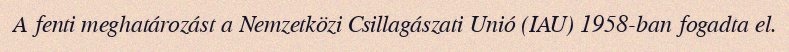
A fenti meghatározást a Nemzetközi Csillagászati Unió (IAU) 1958-ban fogadta el.